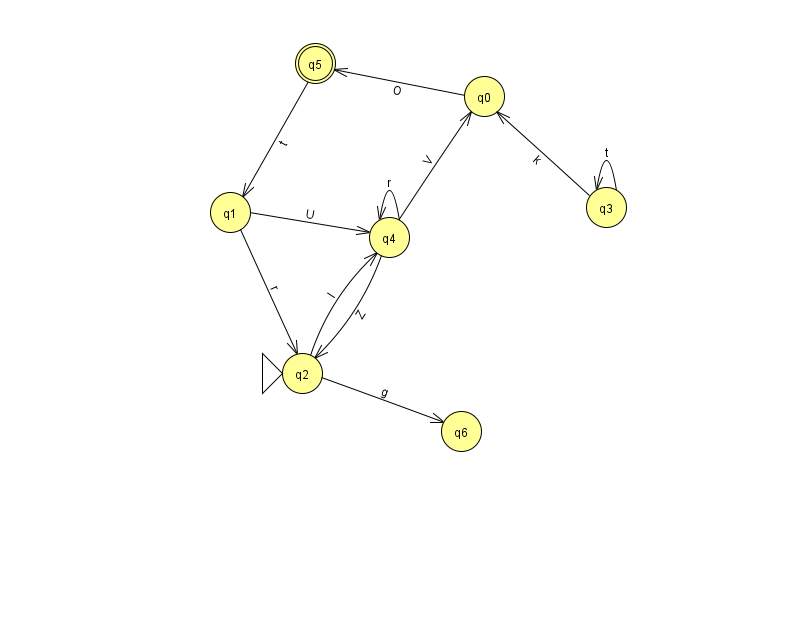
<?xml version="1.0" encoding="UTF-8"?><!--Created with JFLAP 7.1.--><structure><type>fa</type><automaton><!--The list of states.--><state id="0" name="q0"><x>484.0</x><y>83.0</y></state><state id="1" name="q1"><x>230.0</x><y>199.0</y></state><state id="2" name="q2"><x>302.0</x><y>360.0</y><initial/></state><state id="3" name="q3"><x>606.0</x><y>194.0</y></state><state id="4" name="q4"><x>389.0</x><y>224.0</y></state><state id="5" name="q5"><x>315.0</x><y>50.0</y><final/></state><state id="6" name="q6"><x>461.0</x><y>418.0</y></state><!--The list of transitions.--><transition><from>1</from><to>4</to><read>U</read></transition><transition><from>2</from><to>6</to><read>g</read></transition><transition><from>4</from><to>4</to><read>r</read></transition><transition><from>4</from><to>2</to><read>Z</read></transition><transition><from>3</from><to>3</to><read>t</read></transition><transition><from>2</from><to>4</to><read>l</read></transition><transition><from>4</from><to>0</to><read>V</read></transition><transition><from>0</from><to>5</to><read>O</read></transition><transition><from>5</from><to>1</to><read>t</read></transition><transition><from>1</from><to>2</to><read>r</read></transition><transition><from>3</from><to>0</to><read>k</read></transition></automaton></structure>